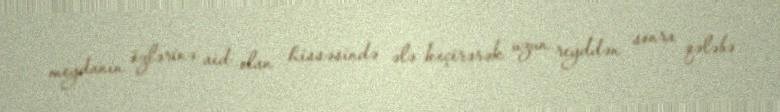
meydanın özlərinə aid olan hissəsində ələ keçirərək uzun reyddən sonra qələbə